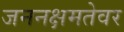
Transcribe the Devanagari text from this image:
जननक्षमतेवर